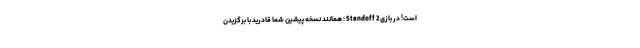
است! در بازی Standoff 2 ؛ همانند نسخه پیشین شما قادرید با برگزیدن